Calcutta medical institutions reports 1879-81 [i.e.91]
Year: 1879
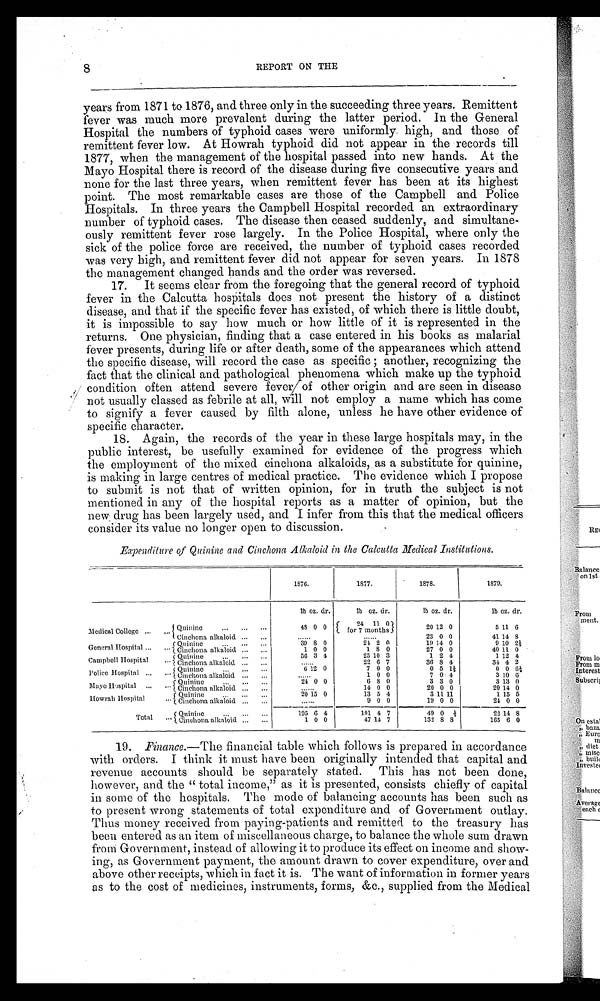
8
REPORT ON THE
years from 1871 to 1876, and three only in the succeeding three years. Remittent
fever was much more prevalent during the latter period. In the General
Hospital the numbers of typhoid cases were uniformly high, and those of
remittent fever low. At Howrah typhoid did not appear in the records till
1877, when the management of the hospital passed into new hands. At the
Mayo Hospital there is record of the disease during five consecutive years and
none for the last three years, when remittent fever has been at its highest
point. The most remarkable cases are those of the Campbell and Police
Hospitals. In three years the Campbell Hospital recorded an extraordinary
number of typhoid cases. The disease then ceased suddenly, and simultane-
ously remittent fever rose largely. In the Police Hospital, where only the
sick of the police force are received, the number of typhoid cases recorded
was very high, and remittent fever did not appear for seven years. In 1878
the management changed hands and the order was reversed.
17. It seems clear from the foregoing that the general record of typhoid
fever in the Calcutta hospitals does not present the history of a distinct
disease, and that if the specific fever has existed, of which there is little doubt,
it is impossible to say how much or how little of it is represented in the
returns. One physician, finding that a case entered in his books as malarial
fever presents, during life or after death, some of the appearances which attend
the specific disease, will record the case as specific; another, recognizing the
fact that the clinical and pathological phenomena which make up the typhoid
co ndition often attend severe fever of other origin and are seen in disease
not usually classed as febrile at all, will not employ a name which has come
to signify a fever caused by filth alone, unless he have other evidence of
specific character.
18. Again, the records of the year in these large hospitals may, in the
public interest, be usefully examined for evidence of the progress which
the employment of the mixed cinchona alkaloids, as a substitute for quinine,
is making in large centres of medical practice. The evidence which I propose
to submit is not that of written opinion, for in truth the subject is not
mentioned in any of the hospital reports as a matter of opinion, but the
new drug has been largely used, and I infer from this that the medical officers
consider its value no longer open to discussion.
Expenditure of Quinine and Cinchona Alkaloid in the Calcutta Medical Institutions.
1876.
1877.
1878.
1879.
lb oz. dr.
lb
o z .
dr.
lb
o z .
dr.
l b oz. dr.
Medical College ...
Quinine
...
...
. . .
...
48 0 0
2 4 1 1 0
20
1 2 0
5 11 6
f o r 7 m o n t h s
Cinchona alkaloid ...
...
3 0 0
41 14
8
General Hospital ,..
Quinine ui
... ....
39 8 0
24 2 0
19 1 4 0
9 10 2 ½
... Cinchona alkaloid.....
:::
1 0 0
1 8 0
27 0 0
40 11 0
Campbell Hospital
Quinine
56 3 4
25 10 3
1 2 4
1 12 4
Cinchona alkaloid :::
.::
. .
22 6 7
36
8 4
34 4 2
Police Hospital
Q u i n i n e
6 12 0
7 0 0
0 5 1½
0 0 6 ½
Cinchona alkaloid
: :
......
1 0 0
7 0 . 4
3 10 6
Mayo Hospital
...
Quinine
24 0 0
6 8 0
3 3 0
3 13 0
C i n c h o n a a l k a l o i d
: : :
: : :
.
14 0 0
20 0 0
20 14 0
Howrah Hospital
Quinine
20 15 0
13 5 4
3 11 11
1 15 5
Cinchona alkaloids
:::
......
9 0 0
19 0 0
24 0 0
Tot al
Quinine
195 6 4
101 4 7
49 0 ½
22 14
8
... Cinchona alkaloid :::
:::
1 0 0
47 14 7
132 8 8
165 6 0
19. Finance.— The financial table which follows is prepared in accordance
with orders. I think it must have been originally intended that capital and
revenue accounts should be separately stated. This has not been done,
however, and the "total income," as it is presented, consists chiefly of capital
in some of the hospitals. The mode of balancing accounts has been such as
to present wrong statements of total expenditure and of Government outlay.
Thus money received from paying-patients and remitted to the treasury has
been entered as an item of miscellaneous charge, to balance the whole sum drawn
from Government, instead of allowing it to produce its effect on income and show-
ing, as Government payment, the amount drawn to cover expenditure, over and
above other receipts, which in fact it is. The want of information in former years
as to the cost of medicines, instruments, forms, &c., supplied from the Medical